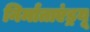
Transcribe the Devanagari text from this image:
निर्माताएंड्रयू